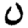
Digit: 0